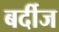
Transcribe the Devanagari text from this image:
बर्दीज